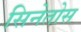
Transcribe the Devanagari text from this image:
सिनेतोस